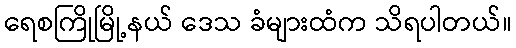
ရေစကြိုမြို့နယ် ဒေသ ခံများထံက သိရပါတယ်။